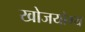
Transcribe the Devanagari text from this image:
खोजयोग्य